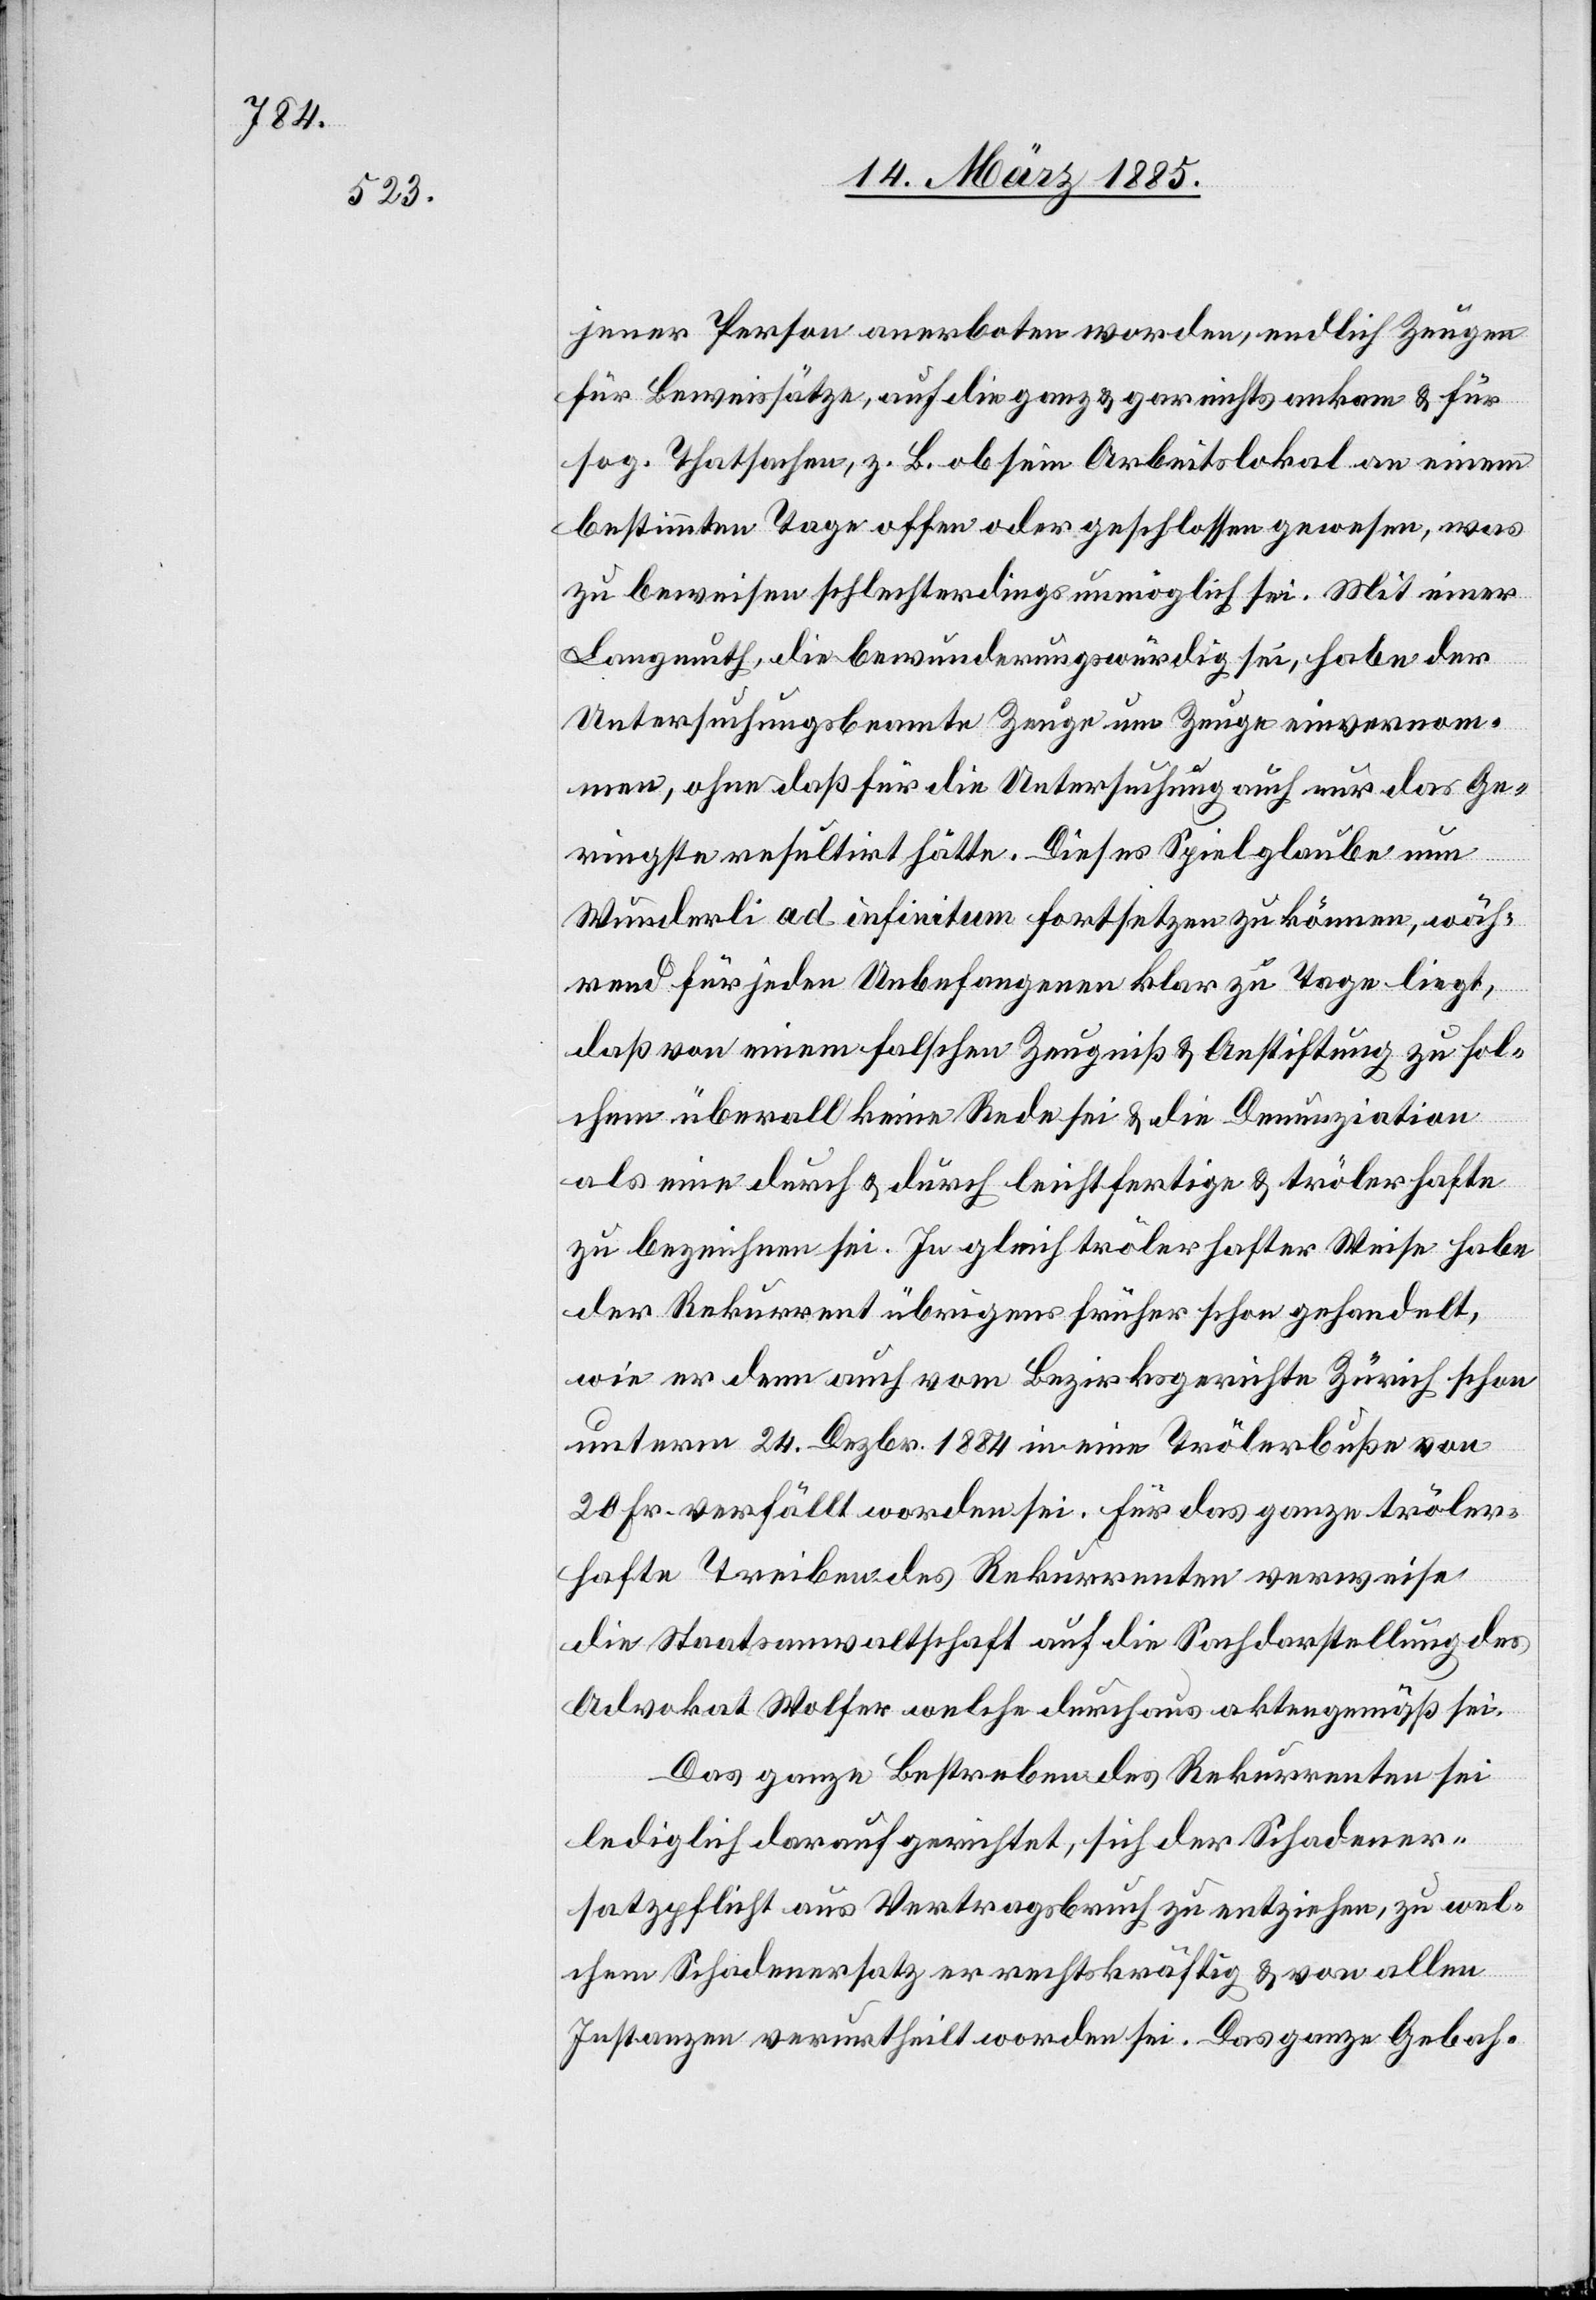
jener Person anerboten worden, endlich Zeugen
für Beweissätze, auf die ganz & gar nichts ankam & für
sog. Thatsachen, z. B. ob sein Arbeitslokal an einem
bestimmten Tage offen oder geschlossen gewesen, was
zu beweisen schlechterdings unmöglich sei. Mit einer
Langmuth, die bewunderungswürdig sei, habe der
Untersuchungsbeamte Zeuge um Zeuge einvernom¬
men, ohne daß für die Untersuchung auch nur das Ge¬
ringste resultirt hätte. Dieses Spiel glaube nun
Wunderli ad infinitum fortsetzen zu können, wäh¬
rend für jeden Unbefangenen klar zu Tage liegt,
daß von einem falschen Zeugniß & Anstiftung zu sol¬
chem überall keine Rede sei & die Denunziation
als eine durch & durch leichtfertige & trölerhafte
zu bezeichnen sei. In gleich trölerhafter Weise habe
der Rekurrent übrigens früher schon gehandelt,
wie er dem auch vom Bezirksgerichte Zürich schon
unterm 24. Dezbr. 1884 in eine Trölerbuße von
20 Fr. verfällt worden sei. Für das ganze tröler¬
hafte Treiben des Rekurrenten verweise
die Staatsanwaltschaft auf die Sachdarstellung des
Advokat Wolfer welche durch aus aktengemäß sei.
Das ganze Bestreben des Rekurrenten sei
lediglich darauf gerichtet, sich der Schadener¬
satzpflicht aus Vertragsbruch zu entziehen, zu wel¬
chem Schadenersatz er rechtskräftig & von allen
Instanzen verurtheilt worden sei. Das ganze Gebah-